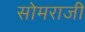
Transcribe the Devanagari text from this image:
सोमराजी